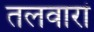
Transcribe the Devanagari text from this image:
तलवारां